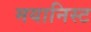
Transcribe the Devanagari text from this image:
मयानिस्ट